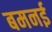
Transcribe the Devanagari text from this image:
बमनई